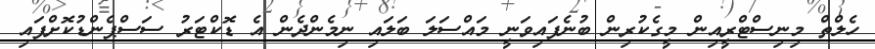
ހެލްތް މިނިސްޓްރީއިން މީގެކުރިން ބުނެފައިވަނީ މައްސަލަ ބަލައި ނިމެންދެން އެ ޑޮކްޓަރު ސަސްޕެންޑުކޮށްފައި